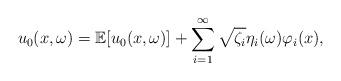
LaTeX: \begin{align*} u_0(x,\omega)=\mathbb{E}[u_0(x,\omega)]+\sum_{i=1}^{\infty} \sqrt{\zeta_i}\eta_i(\omega)\varphi_i(x), \end{align*}